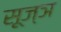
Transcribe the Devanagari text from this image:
सू़ज्ञ